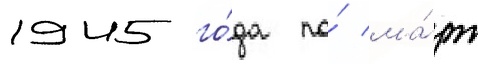
1945 го́да по́ ма́рт